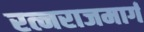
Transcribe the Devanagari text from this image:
रत्नराजमार्ग